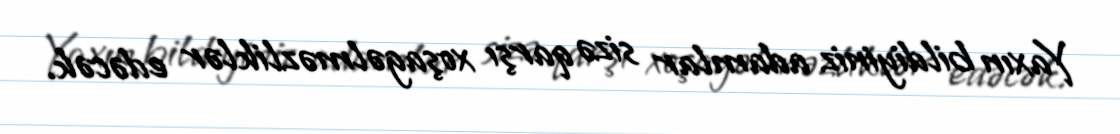
Yaxın bildiyiniz adamlar sizə qarşı xoşagəlməzliklər edəcək.